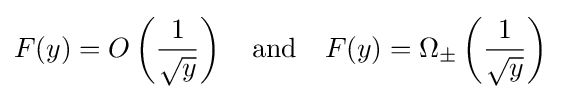
F(y)=O\left({\frac {1}{\sqrt {y}}}\right)\quad {\text{and}}\quad F(y)=\Omega _{\pm }\left({\frac {1}{\sqrt {y}}}\right)